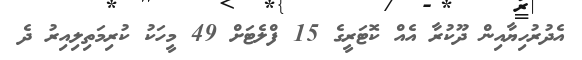
އެދުރުހިޔާއިން ދޫކުރާ އެއް ކޮޓަރީގެ 15 ފްލެޓަށް 49 މީހަކު ކުރިމަތިލިއިރު ދެ